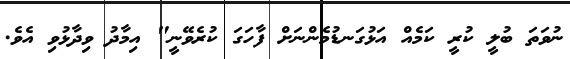
ނުވަތަ ބުލީ ކުރީ ކަމެއް އަޅުގަނޑުމެންނަށް ފާހަގަ ކުރެވޭނީ" އިމާދު ވިދާޅުވި އެވެ.